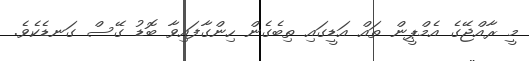
މީ ރާއްޖޭގެ އެމްޕީން ތައް އަޑީގައި ތިބެގެން ހިންގާފައިވާ ބޮޑު ގޭސް ގަނޑެކެވެ.